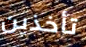
تأخذين